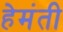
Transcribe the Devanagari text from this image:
हेमंती